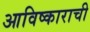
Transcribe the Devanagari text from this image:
आविष्काराची